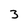
Character: 3